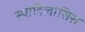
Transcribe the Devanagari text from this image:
स्पोंडिलोसिस